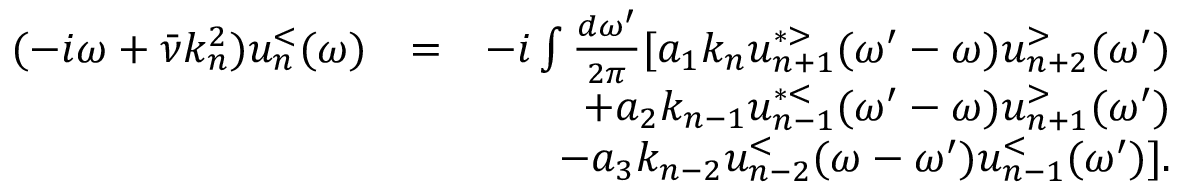
\begin{array} { r l r } { ( - i \omega + \bar { \nu } k _ { n } ^ { 2 } ) u _ { n } ^ { < } ( \omega ) } & { = } & { - i \int \frac { d \omega ^ { \prime } } { 2 \pi } [ a _ { 1 } k _ { n } u _ { n + 1 } ^ { * > } ( \omega ^ { \prime } - \omega ) u _ { n + 2 } ^ { > } ( \omega ^ { \prime } ) } \\ & { } & { + a _ { 2 } k _ { n - 1 } u _ { n - 1 } ^ { * < } ( \omega ^ { \prime } - \omega ) u _ { n + 1 } ^ { > } ( \omega ^ { \prime } ) } \\ & { } & { - a _ { 3 } k _ { n - 2 } u _ { n - 2 } ^ { < } ( \omega - \omega ^ { \prime } ) u _ { n - 1 } ^ { < } ( \omega ^ { \prime } ) ] . } \end{array}